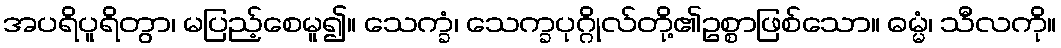
အပရိပူရိတွာ၊ မပြည့်စေမူ၍။ သေက္ခံ၊ သေက္ခပုဂ္ဂိုလ်တို့၏ဥစ္စာဖြစ်သော။ ဓမ္မံ၊ သီလကို။